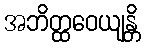
အဘိတ္ထဝေယျန္တိ